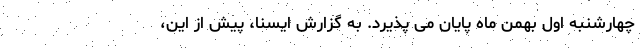
چهارشنبه اول بهمن ماه پایان می پذیرد. به گزارش ایسنا، پیش از این،